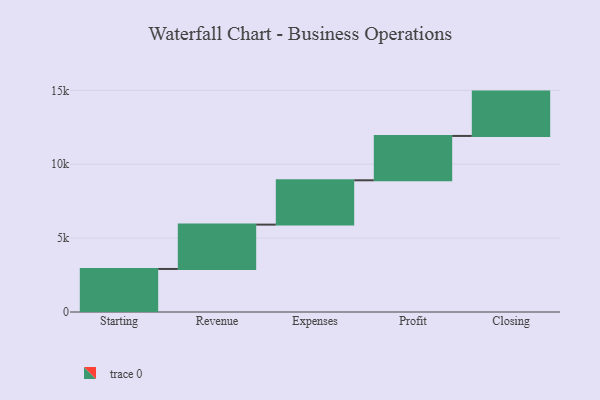
{"axis": {"x": "Step", "y": "Value"}, "legend": [""], "data": [{"x": "Starting", "y": 2912.0, "type": ""}, {"x": "Revenue", "y": 3000, "type": ""}, {"x": "Expenses", "y": 3000, "type": ""}, {"x": "Profit", "y": 3000, "type": ""}, {"x": "Closing", "y": 3000, "type": ""}]}